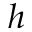
h